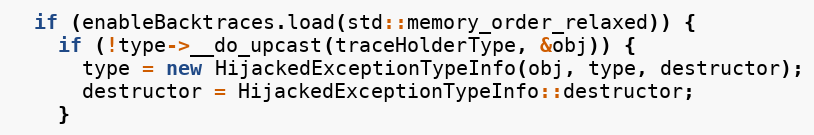
Language: C++
  if (enableBacktraces.load(std::memory_order_relaxed)) {
    if (!type->__do_upcast(traceHolderType, &obj)) {
      type = new HijackedExceptionTypeInfo(obj, type, destructor);
      destructor = HijackedExceptionTypeInfo::destructor;
    }